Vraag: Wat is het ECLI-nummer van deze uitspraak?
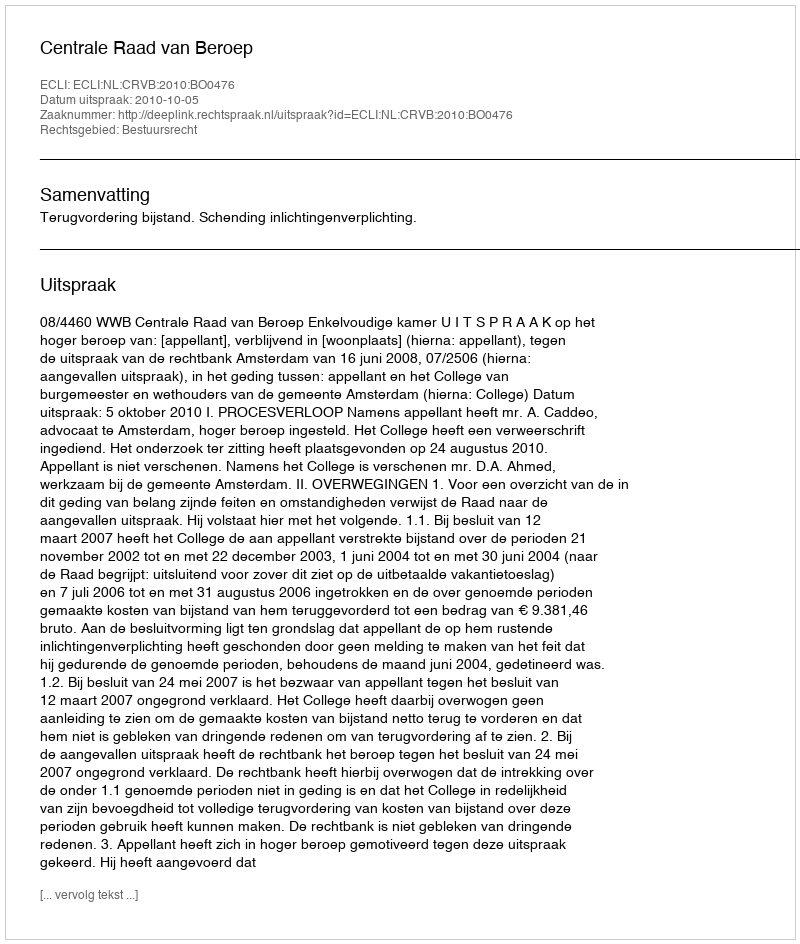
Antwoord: ECLI:NL:CRVB:2010:BO0476